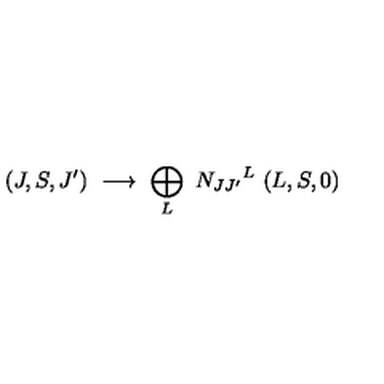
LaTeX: ( J , S , J ^ { \prime } ) \ \longrightarrow \ \bigoplus _ { L } \ { N _ { J J ^ { \prime } } } ^ { L } \ ( L , S , 0 ) \ \